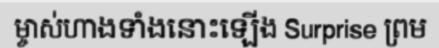
ម្ចាស់ហាងទាំងនោះឡើង Surprise ព្រម